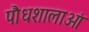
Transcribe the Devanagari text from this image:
पौधशालाओं